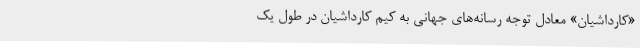
«کارداشیان» معادل توجه رسانه‌های جهانی به کیم کارداشیان در طول یک